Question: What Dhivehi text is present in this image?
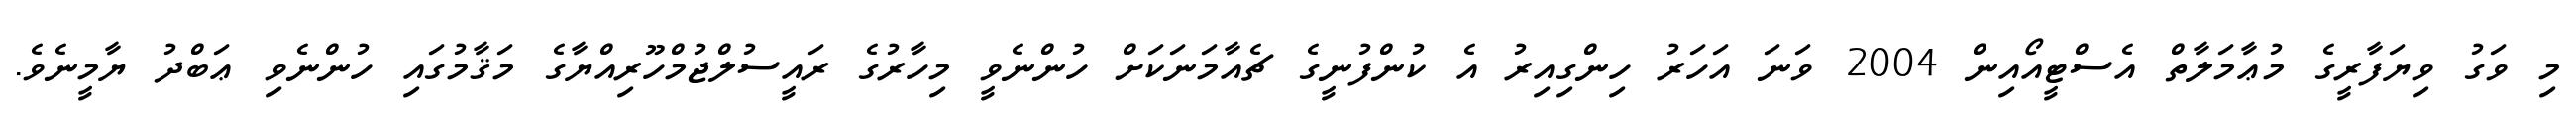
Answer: މި ވަގު ވިޔަފާރީގެ މުޢާމަލާތް އެސްޓީއޯއިން 2004 ވަނަ އަހަރު ހިންގިއިރު އެ ކުންފުނީގެ ޗެއާމަނަކަށް ހުންނެވީ މިހާރުގެ ރައީސުލްޖުމްހޫރިއްޔާގެ މަޤާމުގައި ހުންނެވި ޢަބްދު ޔާމީނެވެ.